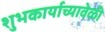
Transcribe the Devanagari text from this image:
शुभकार्याच्यावेळी